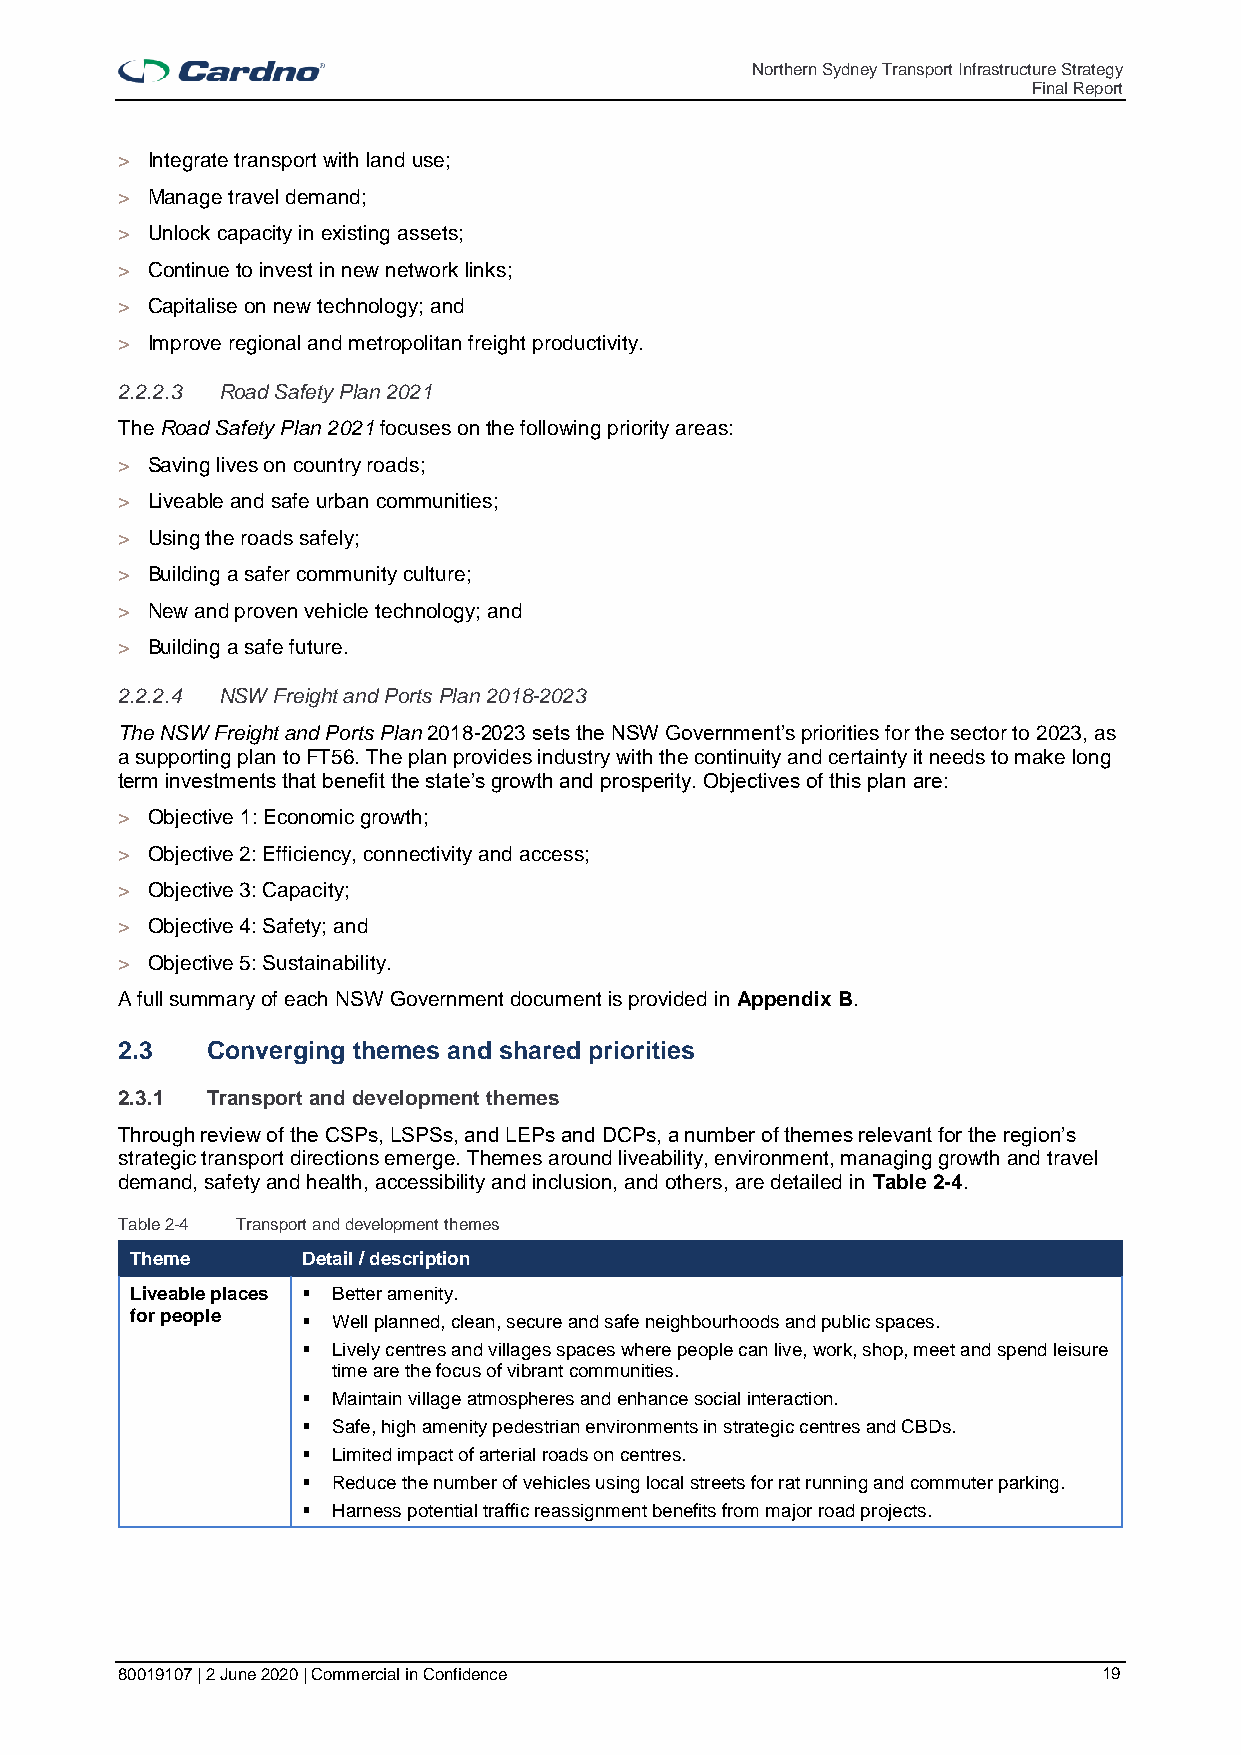
Northern Sydney Transport Infrastructure Strategy
 Final Report
 > Integrate transport with land use;
 > Manage travel demand;
 > Unlock capacity in existing assets;
 > Continue to invest in new network links;
 > Capitalise on new technology; and
 > Improve regional and metropolitan freight productivity.
 2.2.2.3 Road Safety Plan 2021
 The Road Safety Plan 2021 focuses on the following priority areas:
 > Saving lives on country roads;
 > Liveable and safe urban communities;
 > Using the roads safely;
 > Building a safer community culture;
 > New and proven vehicle technology; and
 > Building a safe future.
 2.2.2.4 NSW Freight and Ports Plan 2018-2023
 The NSW Freight and Ports Plan 2018-2023 sets the NSW Government’s priorities for the sector to 2023, as
 a supporting plan to FT56. The plan provides industry with the continuity and certainty it needs to make long
 term investments that benefit the state’s growth and prosperity. Objectives of this plan are:
 > Objective 1: Economic growth;
 > Objective 2: Efficiency, connectivity and access;
 > Objective 3: Capacity;
 > Objective 4: Safety; and
 > Objective 5: Sustainability.
 A full summary of each NSW Government document is provided in Appendix B.
 2.3   Converging themes and shared priorities
 2.3.1 Transport and development themes
 Through review of the CSPs, LSPSs, and LEPs and DCPs, a number of themes relevant for the region’s
 strategic transport directions emerge. Themes around liveability, environment, managing growth and travel
 demand, safety and health, accessibility and inclusion, and others, are detailed in Table 2-4.
 Table 2-4 Transport and development themes
 Theme      Detail / description
 Liveable places ▪ Better amenity.
 for people ▪ Well planned, clean, secure and safe neighbourhoods and public spaces.
 ▪ Lively centres and villages spaces where people can live, work, shop, meet and spend leisure
 time are the focus of vibrant communities.
 ▪ Maintain village atmospheres and enhance social interaction.
 ▪ Safe, high amenity pedestrian environments in strategic centres and CBDs.
 ▪ Limited impact of arterial roads on centres.
 ▪ Reduce the number of vehicles using local streets for rat running and commuter parking.
 ▪ Harness potential traffic reassignment benefits from major road projects.
 80019107 | 2 June 2020 | Commercial in Confidence                19